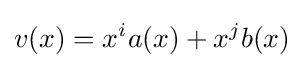
v(x)=x^{i}a(x)+x^{j}b(x)